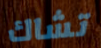
تشاك